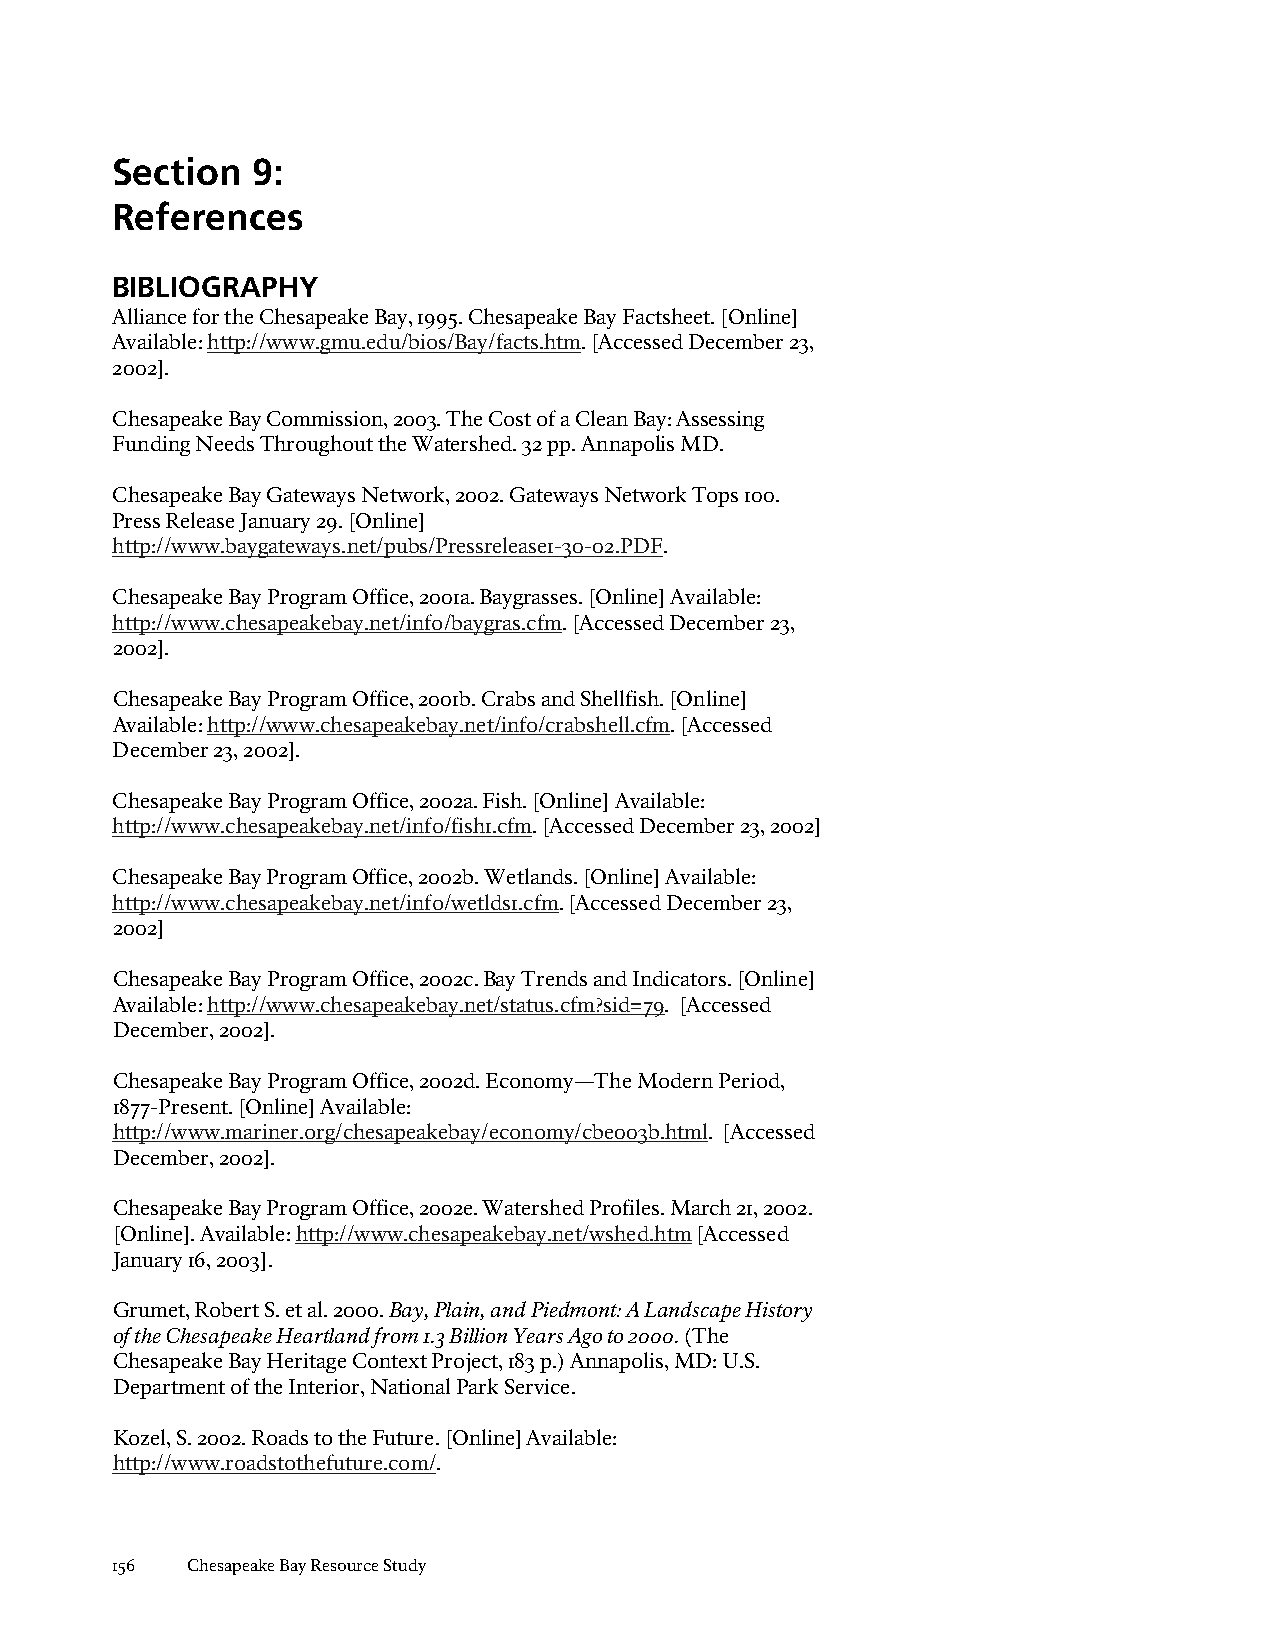
Section   9:
 References
 BIBLIOGRAPHY
 Alliance for the Chesapeake Bay, 1995. Chesapeake Bay Factsheet. [Online]
 Available: http://www.gmu.edu/bios/Bay/facts.htm. [Accessed December 23,
 2002].
 Chesapeake Bay Commission, 2003. The Cost of a Clean Bay: Assessing
 Funding Needs Throughout the Watershed. 32 pp. Annapolis MD.
 Chesapeake Bay Gateways Network, 2002. Gateways Network Tops 100.
 Press Release January 29. [Online]
 http://www.baygateways.net/pubs/Pressrelease1-30-02.PDF.
 Chesapeake Bay Program Office, 2001a. Baygrasses. [Online] Available:
 http://www.chesapeakebay.net/info/baygras.cfm. [Accessed December 23,
 2002].
 Chesapeake Bay Program Office, 2001b. Crabs and Shellfish. [Online]
 Available: http://www.chesapeakebay.net/info/crabshell.cfm. [Accessed
 December 23, 2002].
 Chesapeake Bay Program Office, 2002a. Fish. [Online] Available:
 http://www.chesapeakebay.net/info/fish1.cfm. [Accessed December 23, 2002]
 Chesapeake Bay Program Office, 2002b. Wetlands. [Online] Available:
 http://www.chesapeakebay.net/info/wetlds1.cfm. [Accessed December 23,
 2002]
 Chesapeake Bay Program Office, 2002c. Bay Trends and Indicators. [Online]
 Available: http://www.chesapeakebay.net/status.cfm?sid=79. [Accessed
 December, 2002].
 Chesapeake Bay Program Office, 2002d. Economy—The Modern Period,
 1877-Present. [Online] Available:
 http://www.mariner.org/chesapeakebay/economy/cbe003b.html. [Accessed
 December, 2002].
 Chesapeake Bay Program Office, 2002e. Watershed Profiles. March 21, 2002.
 [Online]. Available: http://www.chesapeakebay.net/wshed.htm [Accessed
 January 16, 2003].
 Grumet, Robert S. et al. 2000. Bay, Plain, and Piedmont: A Landscape History
 of the Chesapeake Heartland from 1.3 Billion Years Ago to 2000. (The
 Chesapeake Bay Heritage Context Project, 183 p.) Annapolis, MD: U.S.
 Department of the Interior, National Park Service.
 Kozel, S. 2002. Roads to the Future. [Online] Available:
 http://www.roadstothefuture.com/.
 156  Chesapeake Bay Resource Study